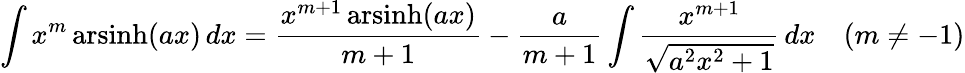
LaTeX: \int x^{m}\operatorname{arsinh}(ax)\, dx={\frac{x^{m+1}\operatorname{arsinh}(ax)}{m+1}}-{\frac{a}{m+1}}\int{\frac{x^{m+1}}{\sqrt{a^{2}x^{2}+1}}}\, dx\quad(m\neq-1)